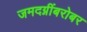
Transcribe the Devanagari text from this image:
जमदग्नींबरोबर